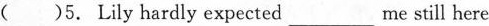
( )5.Lily hardly expected____me still here